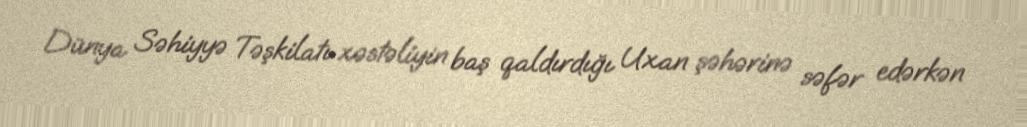
Dünya Səhiyyə Təşkilatı xəstəliyin baş qaldırdığı Uxan şəhərinə səfər edərkən